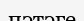
пэтэге